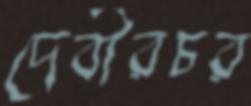
দেবীরচর